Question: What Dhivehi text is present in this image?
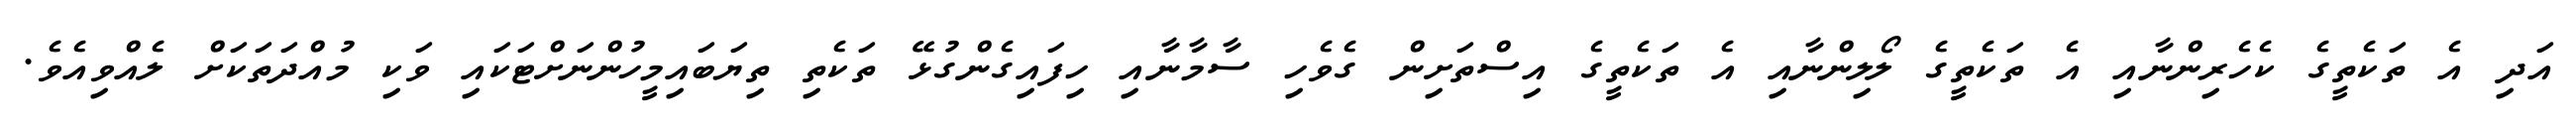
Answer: އަދި އެ ތަކެތީގެ ކެހެރިންނާއި އެ ތަކެތީގެ ލޯލިންނާއި އެ ތަކެތީގެ އިސްތަށިން ގެވެހި ސާމާނާއި ހިފައިގެންގުޅޭ ތަކެތި ތިޔަބައިމީހުންނަށްޓަކައި ވަކި މުއްދަތަކަށް ލެއްވިއެވެ.